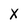
Character: X